Epidemic dropsy in Calcutta - Number 49
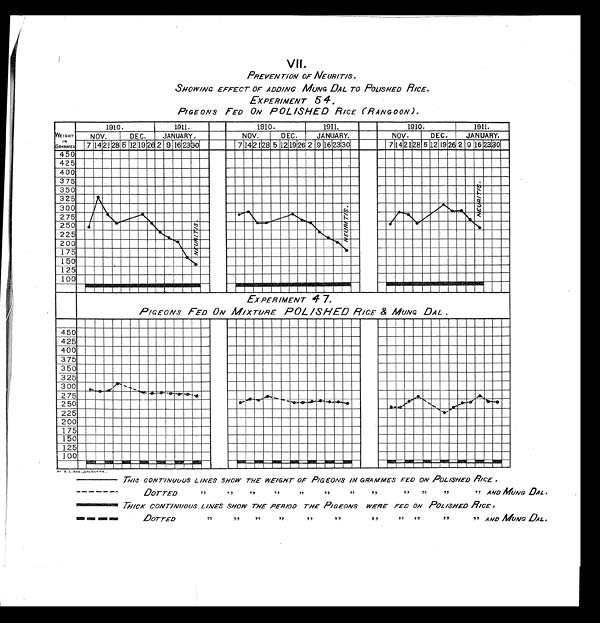
VII.
PREVENTION OF NEURITIS,
SHOWING EFFECT OF ADDING MUNG DAL TO POLISHED RICE.
EXPERIMENT 54.
PIGEONS FED ON POLISHED RICE (RANGOON).
EXPERIMENT 47.
PIGEONS FED ON MIXTURE POLISHED RICE & MUNG DAL.
BY B .L.DAS.,CALCUTTA
THIS CONTINUOUS LINES SHOW THE WEIGHT OF PIGEONS IN GRAMMES FEDON POLISHED RICE .
DOTTED
,,
,,
,,
,,
,,
,,
,,
,, ,,
,,
AND MUNG DAL.
THICK CONTINUOUS LINES SHOW THE PERIOD THE PIGEONS WERE FED ON POLISHED RICE.
DOTTED
,,
,,
,,
,, ,,
,,
,, AND MUNG DAL.